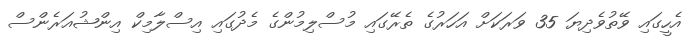
އެހީގައި ވޭތުވެދިޔަ 35 ވަރަކަށް އަހަރުގެ ތެރޭގައި މުސްލިމުންގެ މެދުގައި އިސްލާމިކް އިންޝުއަރެންސް